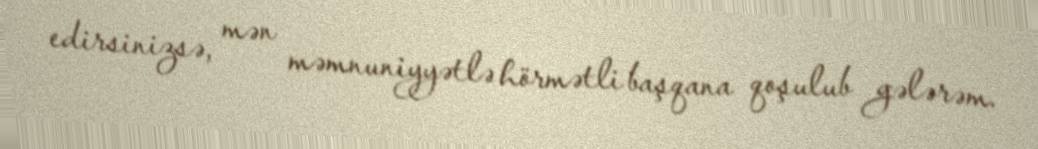
edirsinizsə, mən məmnuniyyətlə hörmətli başqana qoşulub gələrəm.